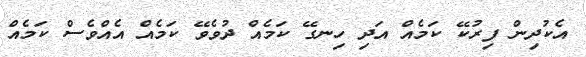
އެކުދިން ފިރުކޭ ކަމެއް އަދި ހިނގޭ ކަމެއް ދުވެވޭ ކަމެއް އެއްވެސް ކަމެއް